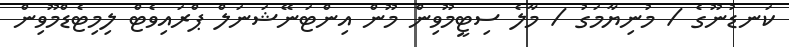
ކަނޑުނޫގެ / މުނިޔާމަގު / މާލެ ސިޓީމޫވިން މޫން އިންޓަނޭޝަނަލް ޕްރައިވެޓް ލިމިޓެޑްމޫވިން